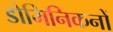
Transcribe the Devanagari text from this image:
डोमिनिकनों